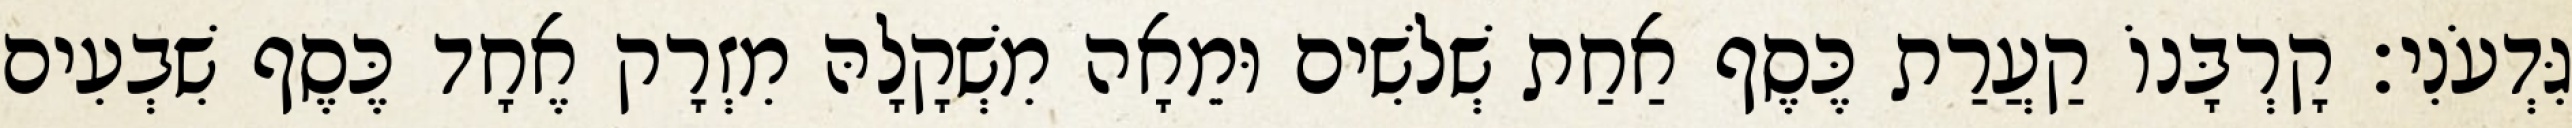
גִּדְעֹנִי׃ קָרְבָּנוֹ קַעֲרַת כֶּסֶף אַחַת שְׁלשִׁים וּמֵאָה מִשְׁקָלָהּ מִזְרָק אֶחָד כֶּסֶף שִׁבְעִים